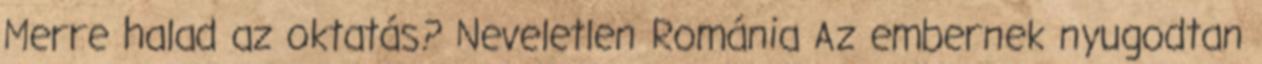
Merre halad az oktatás? Neveletlen Románia Az embernek nyugodtan